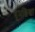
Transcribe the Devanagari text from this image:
धूमशिखा